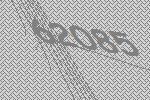
62085